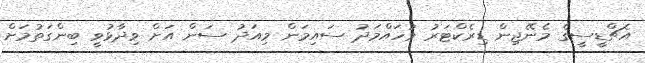
އެޗްޑީސީގެ މެނޭޖިން ޑިރެކްޓަރު މުހައްމަދު ސައިމަން މިއަދު ސަން އަށް ވިދާޅުވީ ބިންގަތުމަށް